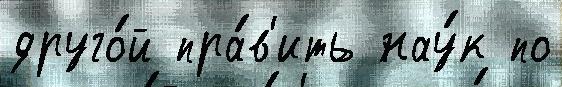
друго́й пра́в'ить нау́к по